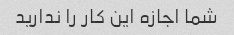
شما اجازه این کار را ندارید